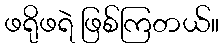
ဖရိုဖရဲ ဖြစ်ကြတယ်။